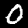
Label: 0